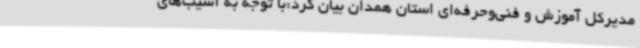
مدیرکل آموزش و فنی‌وحرفه‌ای استان همدان بیان کرد:با توجه به آسیب‌های